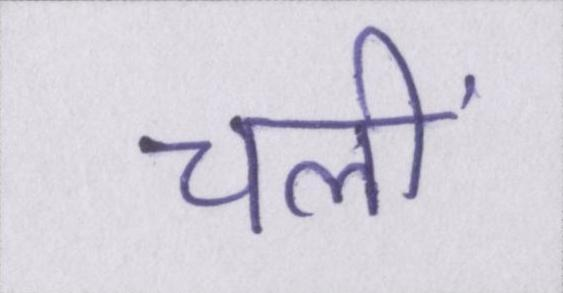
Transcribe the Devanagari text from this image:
चलीं